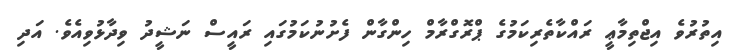
އިތުރުވެ އިޖްތިމާޢީ ރައްކާތެރިކަމުގެ ޕްރޮގްރާމް ހިންގާން ފެށުނުކަމުގައި ރައީސް ނަޝީދު ވިދާޅުވިއެވެ. އަދި